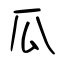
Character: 瓜